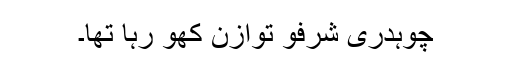
چوہدری شرفو توازن کھو رہا تھا۔